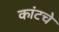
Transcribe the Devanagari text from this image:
कांटचे